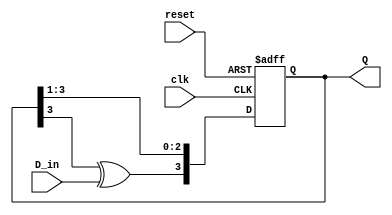
module FeedbackRegister (
    input wire clk,         // Clock input
    input wire reset,       // Active-high reset signal
    input wire D_in,        // Data input for the register
    output reg [3:0] Q      // 4-bit output of the register
);

    // Internal wires for feedback
    wire feedback;

    // Generate feedback signal (Example: XOR of the last flip-flop output)
    assign feedback = Q[3] ^ D_in; // Feedback can be customized as needed

    always @(posedge clk or posedge reset) begin
        if (reset) begin
            Q <= 4'b0000; // Reset the register to all zeros
        end else begin
            // Shift operation with feedback
            Q <= {feedback, Q[3:1]}; // Shift and inject feedback into MSB
        end
    end

endmodule